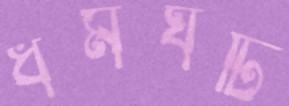
ধর্মঘটি